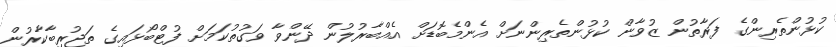
ކުޅުންތެރިންގެ ފަރާތުން ޒުވާން ކުޅުންތެރިންނަށް އެންމެބޮޑަށް އެއްބާރުލުން ދޭންވާ ވަގުތުކަމަށް ފުޓްބޯޅައިގެ ތަޖުރިބާކާރުން